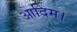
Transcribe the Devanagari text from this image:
आदिम।